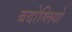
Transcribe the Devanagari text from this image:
बदोग्लियो